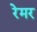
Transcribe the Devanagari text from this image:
रेमर